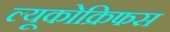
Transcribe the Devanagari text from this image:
ल्यूकोक्रिफस